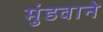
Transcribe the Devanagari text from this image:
मुंडवाने